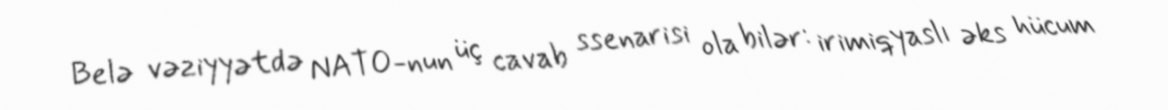
Belə vəziyyətdə NATO-nun üç cavab ssenarisi ola bilər: irimiqyaslı əks hücum